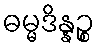
ဓမ္မဒိန္နဉ္စ